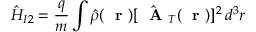
\hat { H } _ { I 2 } = \frac { q } { m } \int \hat { \rho } ( \mathrm { ~ \bf ~ r ~ } ) [ \hat { \mathrm { ~ \bf ~ A ~ } } _ { T } ( \mathrm { ~ \bf ~ r ~ } ) ] ^ { 2 } \, d ^ { 3 } r